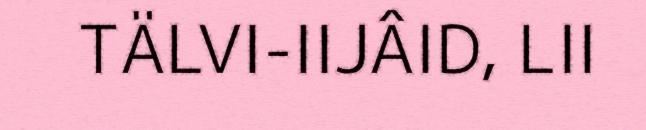
TÄLVI-IIJÂID, LII